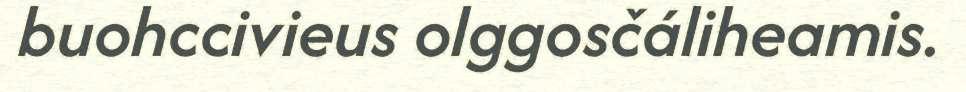
buohccivieus olggosčáliheamis.